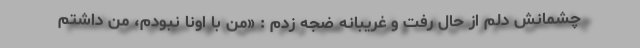
چشمانش دلم از حال رفت و غریبانه ضجه زدم : «من با اونا نبودم، من داشتم